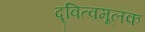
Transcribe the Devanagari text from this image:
द्‍वित्वमूलक